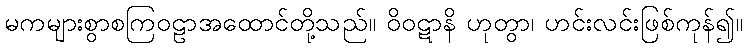
မကများစွာစကြဝဠာအထောင်တို့သည်။ ဝိဝဋာနိ ဟုတွာ၊ ဟင်းလင်းဖြစ်ကုန်၍။